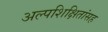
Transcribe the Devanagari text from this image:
अल्पशिक्षितांसह